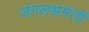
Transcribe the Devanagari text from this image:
जंगलभ्रमंती